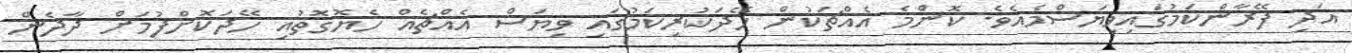
އަދި ފޭރާންކަމުގައިވިޔަސްމެއެވެ. ކޮންމެ އެއްޗަކުން ހޭދަކުރިކަމުގައި ވިޔަސް އެއްޗެއް ހެޔޮގޮތުއި ހޭދަކޮށްފުމަށް ދާދެން